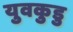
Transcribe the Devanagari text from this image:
युवकुडु